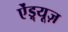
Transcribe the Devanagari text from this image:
ऐंड्र्यूज़